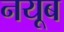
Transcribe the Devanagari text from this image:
नयूब